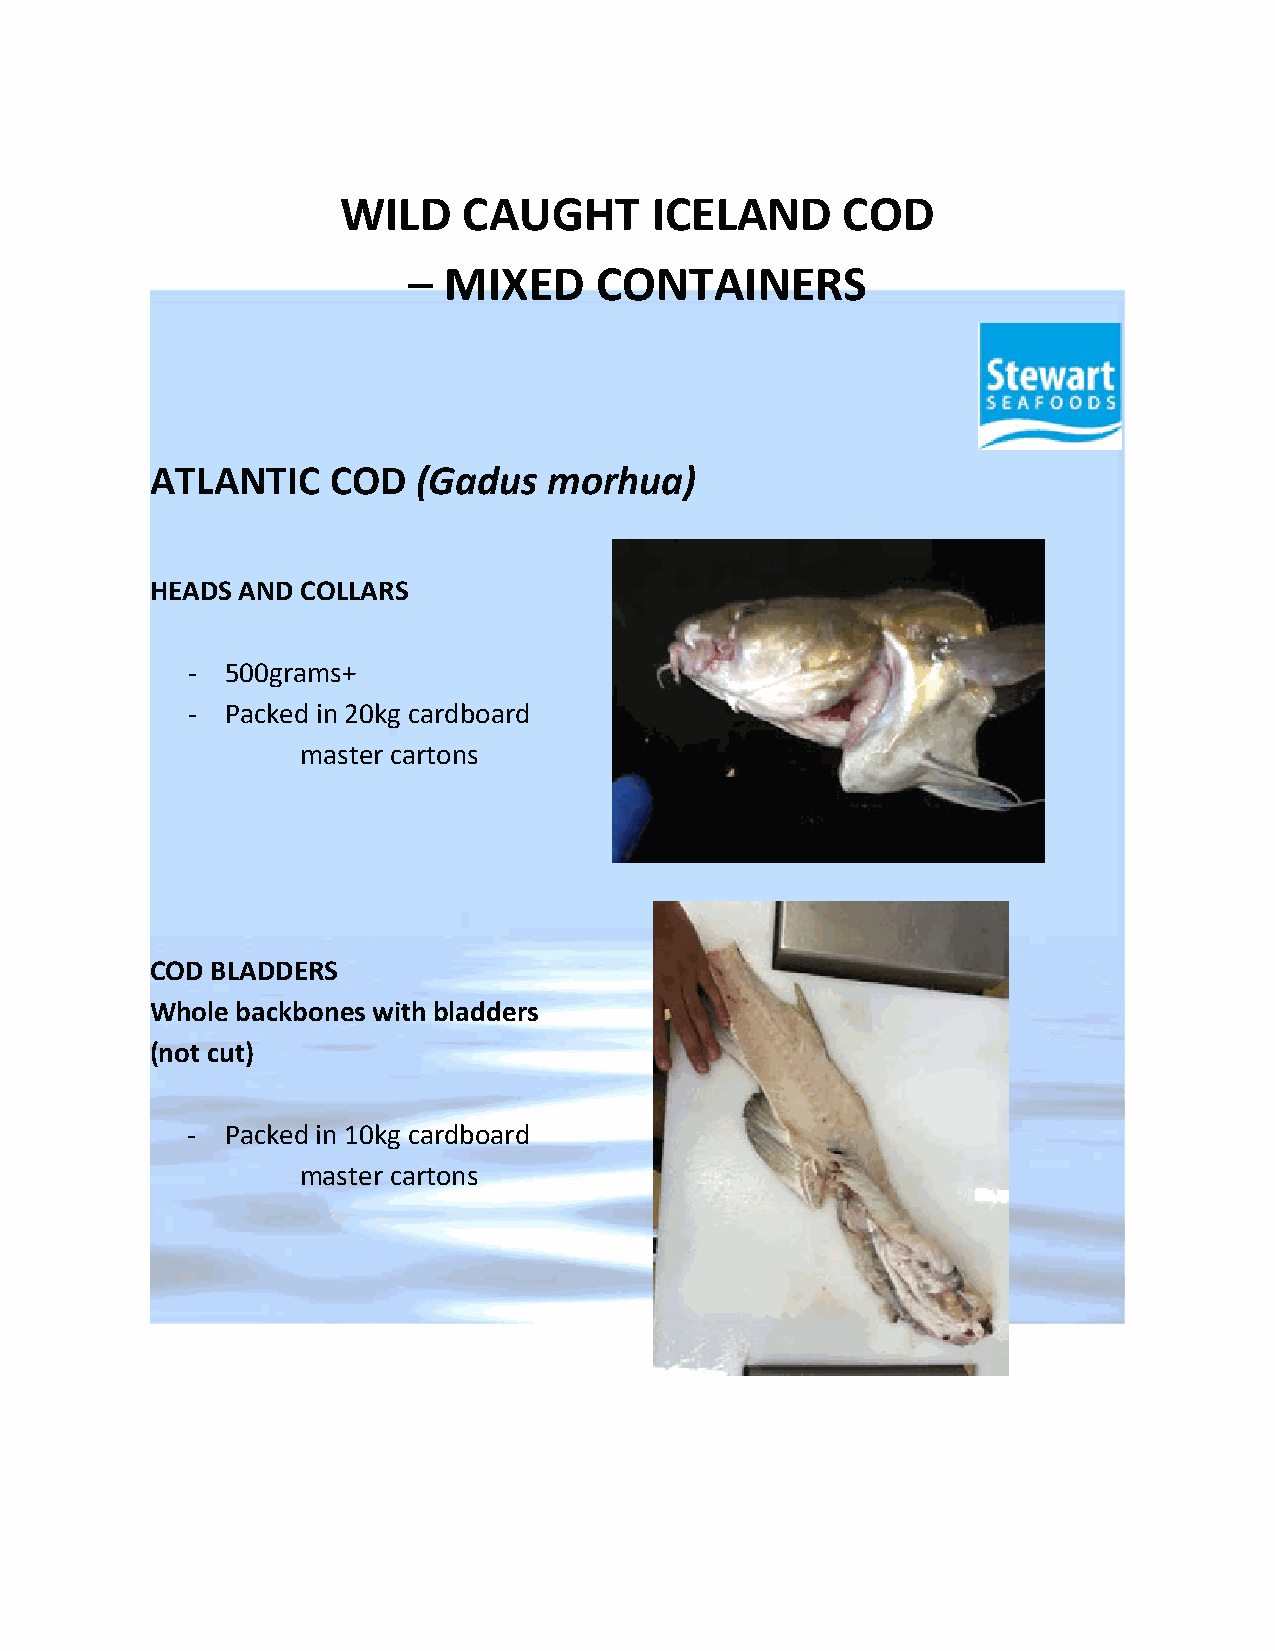
WILD    CAUGHT      ICELAND      COD
 – MIXED     CONTAINERS
 ATLANTIC    COD   (Gadus  morhua)
 HEADS AND COLLARS
 -  500grams+
 -  Packed in 20kg cardboard
 master cartons
 COD BLADDERS
 Whole backbones with bladders
 (not cut)
 -  Packed in 10kg cardboard
 master cartons